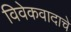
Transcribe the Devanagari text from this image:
विवेकवादाचे